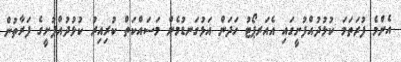
އެންމެ ފުރަތަމަ ކުޅުދުއްފުށީގައި އެއަރޕޯޓު ހަދަން އަޅުގަނޑުމެން މަސައްކަތް ކުރިއިރު ކުޅުދުއްފުށީގެ ފަރާތުން